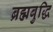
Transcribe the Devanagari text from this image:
ब्रह्मबुद्धि